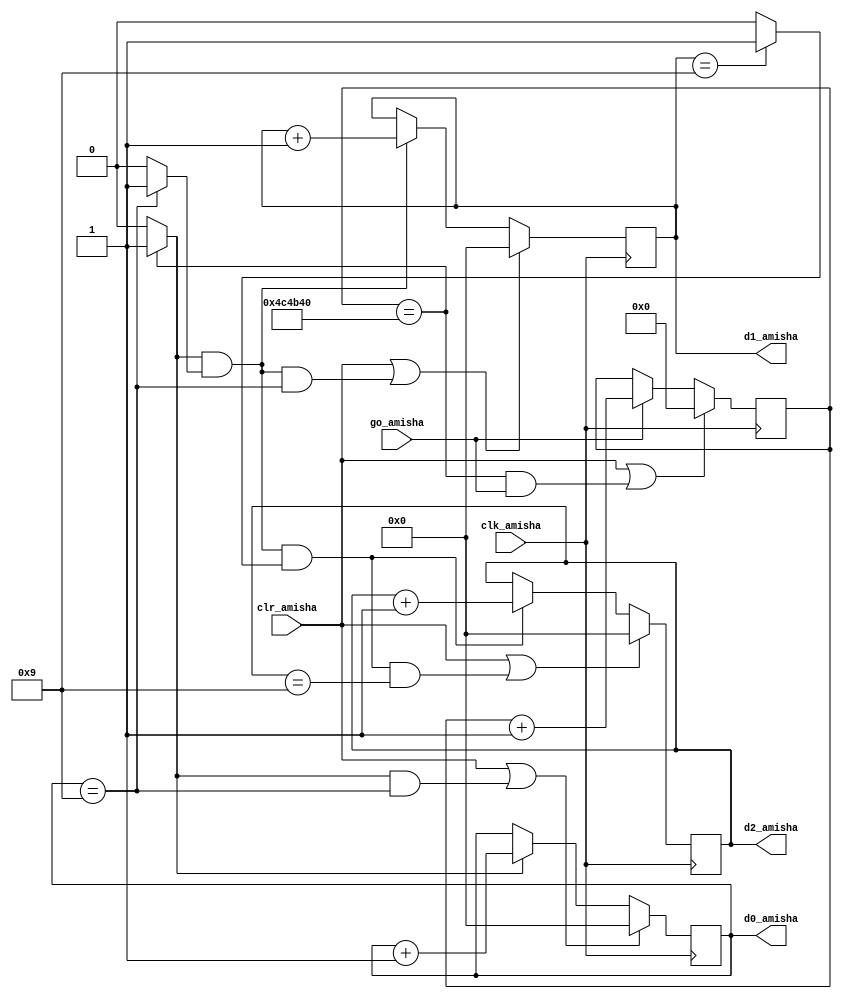
`timescale 1ns / 1ps
//////////////////////////////////////////////////////////////////////////////////
// Company: 
// Engineer: 
// 
// Design Name: 
// Module Name:    stop_watch_cascade_Amisha 
// Project Name: 
// Target Devices: 
// Tool versions: 
// Description: 
//
// Dependencies: 
//
// Revision: 
// Revision 0.01 - File Created
// Additional Comments: 
//
//////////////////////////////////////////////////////////////////////////////////
module stop_watch_cascade_Amisha(
    input clk_amisha,
    input go_amisha,
    input clr_amisha,
    output [3:0] d2_amisha,
    output [3:0] d1_amisha,
    output [3:0] d0_amisha
    );
	 
   localparam  DVSR_amisha = 5000000;
   reg [22:0] ms_reg_amisha;
   wire [22:0] ms_next_amisha;
   reg [3:0] d2_reg_amisha, d1_reg_amisha, d0_reg_amisha;
   wire [3:0] d2_next_amisha, d1_next_amisha, d0_next_amisha;
   wire d1_en_amisha, d2_en_amisha, d0_en_amisha;
   wire ms_tick_amisha, d0_tick_amisha, d1_tick_amisha;

   always @(posedge clk_amisha)
   begin
      ms_reg_amisha <= ms_next_amisha;
      d2_reg_amisha <= d2_next_amisha;
      d1_reg_amisha <= d1_next_amisha;
      d0_reg_amisha <= d0_next_amisha;
   end

   assign ms_next_amisha = (clr_amisha || (ms_reg_amisha==DVSR_amisha && go_amisha)) ? 4'b0 :
                    (go_amisha) ? ms_reg_amisha + 1 : ms_reg_amisha;
									
   assign ms_tick_amisha = (ms_reg_amisha==DVSR_amisha) ? 1'b1 : 1'b0;
   assign d0_en_amisha = ms_tick_amisha;
   assign d0_next_amisha = (clr_amisha || (d0_en_amisha && d0_reg_amisha==9)) ? 4'b0 :
                    (d0_en_amisha) ? d0_reg_amisha + 1 : d0_reg_amisha;
										
   assign d0_tick_amisha = (d0_reg_amisha==9) ? 1'b1 : 1'b0;
   assign d1_en_amisha = ms_tick_amisha & d0_tick_amisha;
   assign d1_next_amisha = (clr_amisha || (d1_en_amisha && d0_reg_amisha==9)) ? 4'b0 :
                    (d1_en_amisha) ? d1_reg_amisha + 1 : d1_reg_amisha;
										
   assign d1_tick_amisha = (d1_reg_amisha==9) ? 1'b1 : 1'b0;
   assign d2_en_amisha = ms_tick_amisha & d0_tick_amisha & d1_tick_amisha;
   assign d2_next_amisha = (clr_amisha || (d2_en_amisha && d2_reg_amisha==9)) ? 4'b0 :
                    (d2_en_amisha) ? d2_reg_amisha + 1 : d2_reg_amisha;
						  
   assign d0_amisha = d0_reg_amisha;
   assign d1_amisha = d1_reg_amisha;
   assign d2_amisha = d2_reg_amisha;
endmodule